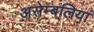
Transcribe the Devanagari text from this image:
असेम्बलियां